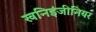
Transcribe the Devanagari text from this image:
खनिइंजीनियर